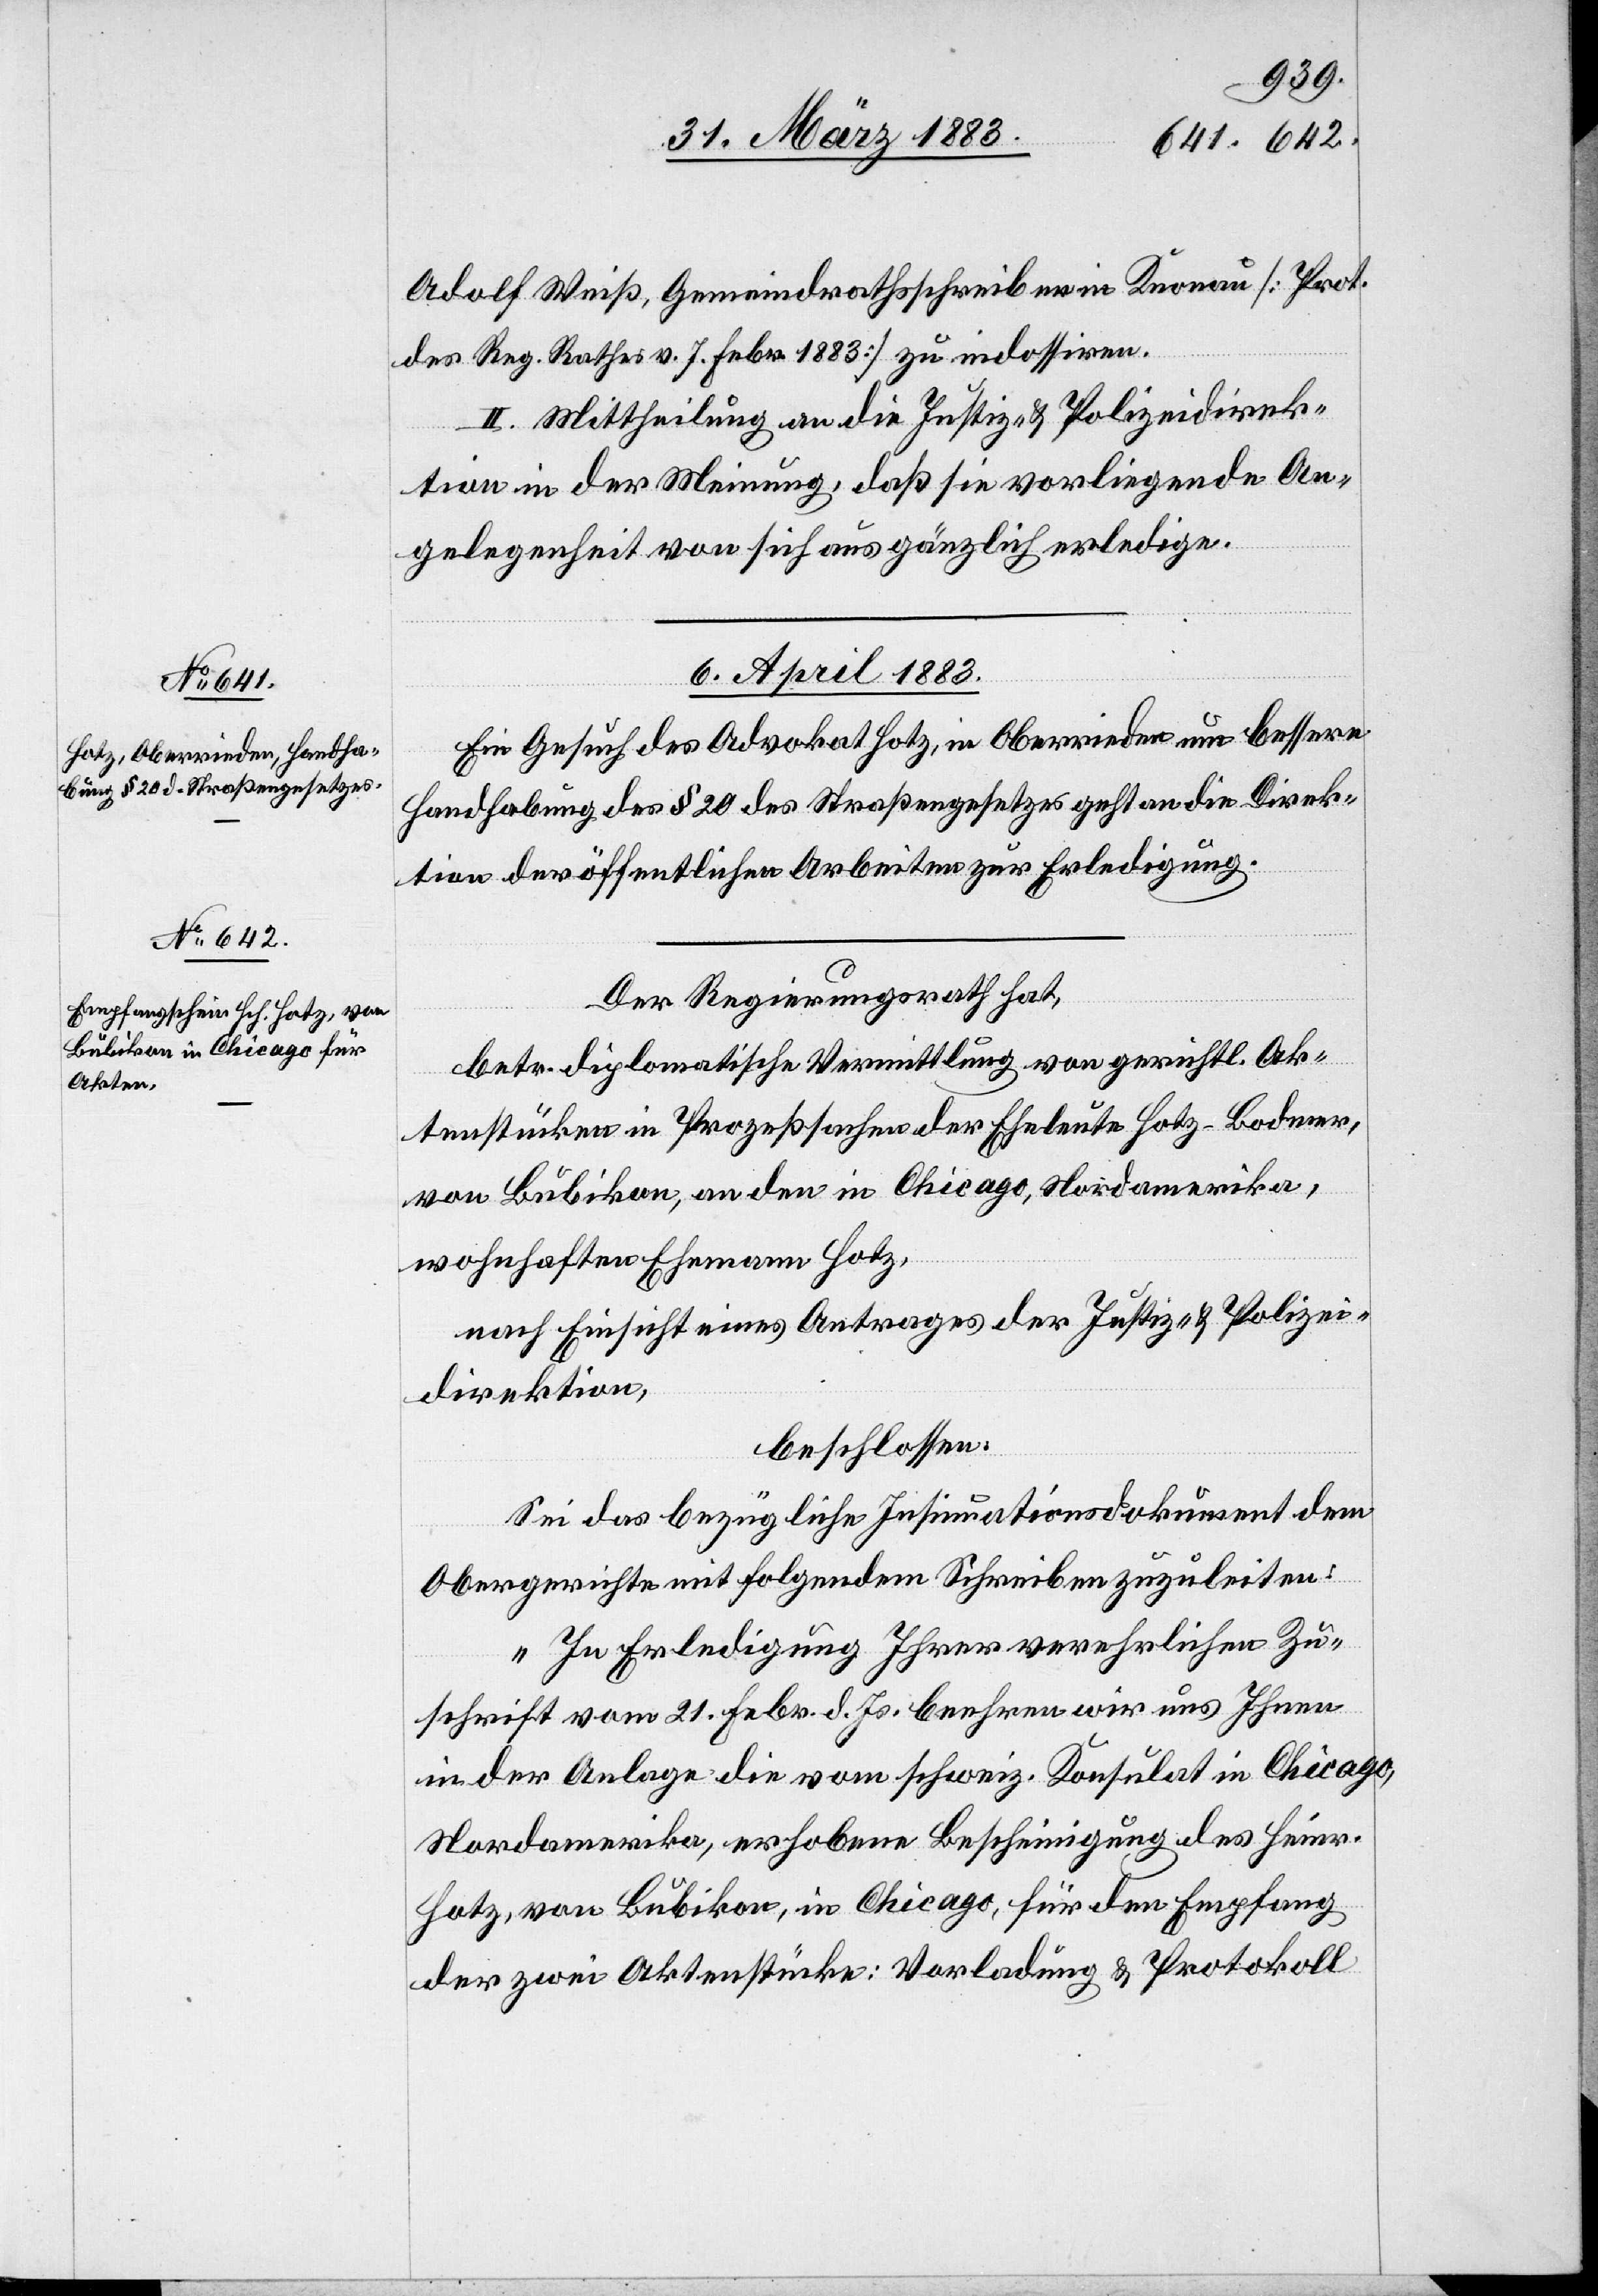
Adolf Weiß, Gemeindrathsschreiber in Knonau [Prot.
des Reg. Rathes v. 7. Febr. 1883] zu indossiren.
II. Mittheilung an die Justiz- & Polizeidirek¬
tion in der Meinung, daß sie vorliegende An¬
gelegenheit von sich aus gänzlich erledige.
6. April 1883.]
Ein Gesuch des Advokat Hotz, in Oberrieden um bessere
Handhabung des § 20 des Straßengesetzes geht an die Direk¬
tion der öffentlichen Arbeiten zur Erledigung.
Der Regierungsrath hat,
betr. diplomatische Vermittlung von gerichtl. Ak¬
tenstücken in Prozeßsachen der Eheleute Hotz-Bodmer,
von Bubikon, an den in Chicago, Nordamerika,
wohnhaften Ehemann Hotz,
nach Einsicht eines Antrages der Justiz- & Polizei¬
direktion,
beschlossen:
Sei das bezügliche Insinuationsdokument dem
Obergerichte mit folgendem Schreiben zuzuleiten:
„In Erledigung Ihrer verehrlichen Zu¬
schrift vom 21. Febr. d. Js. beehren wir uns Ihnen
in der Anlage die vom schweiz. Konsulat in Chicago,
Nordamerika, erhobene Bescheinigung des Heinr.
Hotz, von Bubikon, in Chicago, für den Empfang
der zwei Aktenstücke: Vorladung & Protokoll